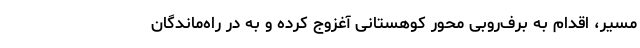
مسیر، اقدام به برف‌روبی محور کوهستانی آغزوج کرده و به در راه‌ماندگان